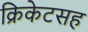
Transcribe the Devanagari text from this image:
क्रिकेटसह